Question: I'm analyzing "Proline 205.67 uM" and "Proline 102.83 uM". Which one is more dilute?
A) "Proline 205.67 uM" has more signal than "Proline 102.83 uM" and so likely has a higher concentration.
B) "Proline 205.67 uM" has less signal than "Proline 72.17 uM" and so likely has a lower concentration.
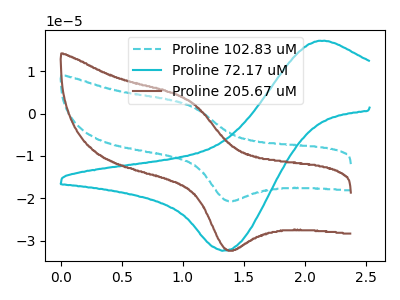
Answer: <think>The cyan dashed curve "Proline 102.83 uM" has an anodic peak at (1.05V, 2.05uA) and a cathodic peak at (1.35V, -20.60uA). The cyan curve "Proline 72.17 uM" has an anodic peak at (2.10V, 17.20uA) and a cathodic peak at (1.35V, -32.30uA). The brown curve "Proline 205.67 uM" has an anodic peak at (1.05V, 3.20uA) and a cathodic peak at (1.35V, -32.20uA).
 All the peaks in "Proline 205.67 uM" have a peak in "Proline 102.83 uM" at the same potential. Every peak in "Proline 205.67 uM" is higher than every peak in "Proline 102.83 uM".</think>
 <answer>A) "Proline 205.67 uM" has more signal than "Proline 102.83 uM" and so likely has a higher concentration.</answer>
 <eval>A</eval>